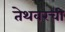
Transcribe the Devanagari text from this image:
तेथवरची